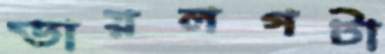
ডায়লগটা